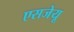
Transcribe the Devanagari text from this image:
एसजेयू